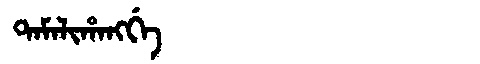
Manchu: ᡨᠠᠮᠠᠯᡳᡥᠠᠩᡤᡝ
Romanization: TAMALIHANGGE